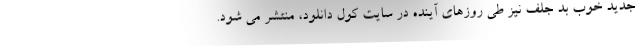
جدید خوب بد جلف نیز طی روزهای آینده در سایت کول دانلود، منتشر می شود.